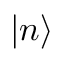
| n \rangle